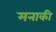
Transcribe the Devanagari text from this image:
मनाकी